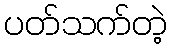
ပတ်သက်တဲ့